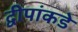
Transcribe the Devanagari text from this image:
द्वीपांकडे